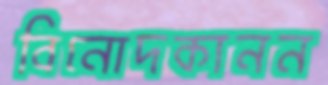
বিনোদকানন